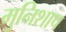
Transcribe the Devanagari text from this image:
मुनिशाप